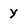
Character: y